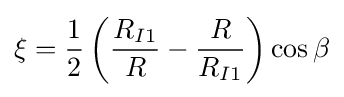
\xi ={\frac {1}{2}}\left({\frac {R_{I1}}{R}}-{\frac {R}{R_{I1}}}\right)\cos \beta